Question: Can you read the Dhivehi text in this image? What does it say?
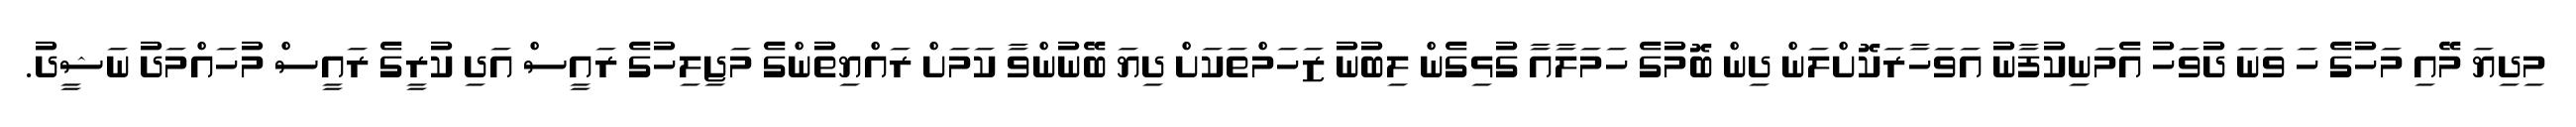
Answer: މިދިޔަ މޭއި މަހުގެ ހަ ވަނަ ދުވަހު އެމަނިކުފާނު އަވަހާރަކޮށްލަން ދިން ބޮމުގެ ހަމަލާއާ ގުޅިގެން ލިބުނު ޒަހަމްތަކަށް ދިޔަ ބޭނުންވާ ކަމަށް ރައްޔިތުންގެ މަޖިލިހުގެ ރައީސް އަދި ކުރީގެ ރައީސް މުހައްމަދު ނަޝީދު.